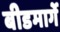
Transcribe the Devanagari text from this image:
बीडमार्गे